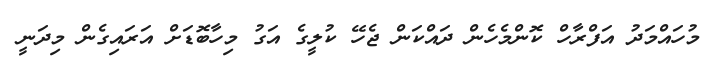
މުހައްމަދު އަފްރާހް ކޮންމެހެން ދައްކަން ޖެހޭ ކުލީގެ އަގު މިހާބޮޑަށް އަރައިގެން މިދަނީ